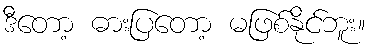
ဒီတော့ ဓားပြတော့ မဖြစ်နိုင်ဘူး။